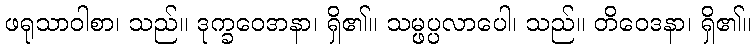
ဖရုသာဝါစာ၊ သည်။ ဒုက္ခဝေဒာနာ၊ ရှိ၏။ သမ္ဖပ္ပလာပေါ၊ သည်။ တိဝေဒနာ၊ ရှိ၏။